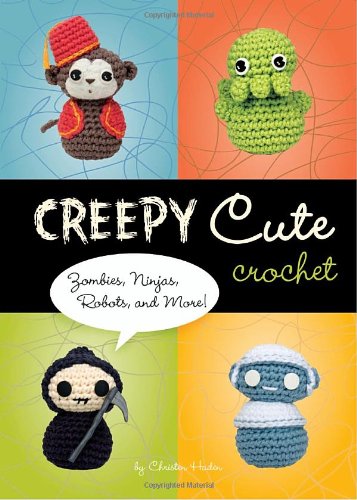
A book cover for Creepy Cute Crochet: Zombies, Ninjas, Robots, and More!; Christen Haden; Crafts, Hobbies & Home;